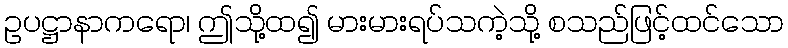
ဥပဋ္ဌာနာကရော၊ ဤသို့ထ၍ မားမားရပ်သကဲ့သို့ စသည်ဖြင့်ထင်သော